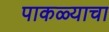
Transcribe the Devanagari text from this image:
पाकळ्याचा